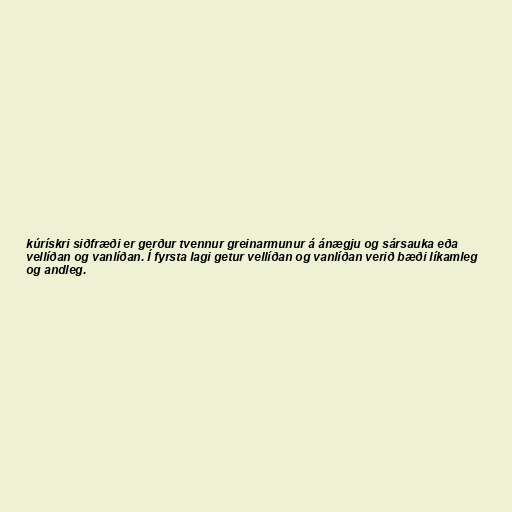
kúrískri siðfræði er gerður tvennur greinarmunur á ánægju og sársauka eða
vellíðan og vanlíðan. Í fyrsta lagi getur vellíðan og vanlíðan verið bæði líkamleg
og andleg.